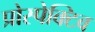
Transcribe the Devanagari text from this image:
प्रोस्पेक्टिव